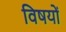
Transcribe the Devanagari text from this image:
विषयाें